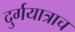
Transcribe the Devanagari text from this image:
दुर्गयात्राच